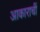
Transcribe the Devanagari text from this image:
आकाराचीं